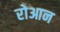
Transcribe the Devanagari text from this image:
रोआन